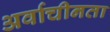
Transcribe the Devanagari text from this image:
अर्वाचीनता